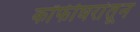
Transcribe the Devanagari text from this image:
कॉफीघरांतून